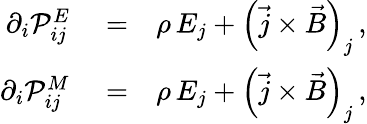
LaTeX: \begin{array}{rlr}{\partial_{i}{\cal P}_{ij}^{E}}&{{}=}&{\rho\, E_{j}+\left(\vec{j}\times\vec{B}\right)_{j}\, ,}\\ {\partial_{i}{\cal P}_{ij}^{M}}&{{}=}&{\rho\, E_{j}+\left(\vec{j}\times\vec{B}\right)_{j}\, ,}\end{array}